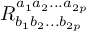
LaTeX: R _ { b _ { 1 } b _ { 2 } . . . b _ { 2 p } } ^ { a _ { 1 } a _ { 2 } . . . a _ { 2 p } }